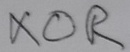
Text: XOR